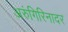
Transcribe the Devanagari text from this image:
अरुंगिरिनादर